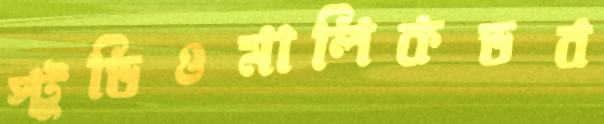
স্টুডিওমালিকডব